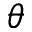
\theta